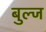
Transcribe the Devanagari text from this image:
बुल्ज